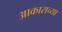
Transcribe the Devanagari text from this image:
अाकाराच्या